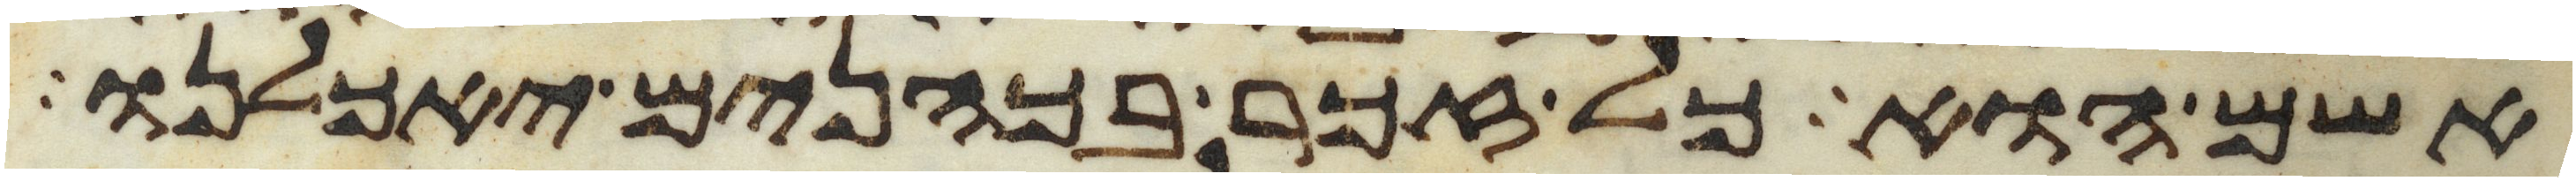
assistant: אשם הוא כל זכר בכהנים יאכלנו